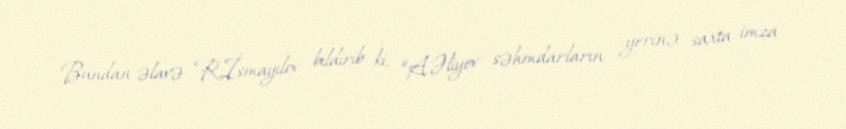
Bundan əlavə R.İsmayılov bildirib ki, “A.Əliyev səhmdarların yerinə saxta imza